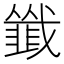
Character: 韱